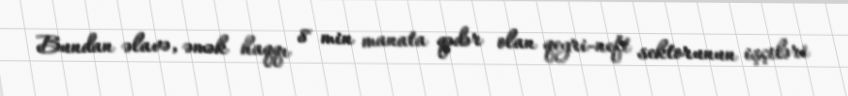
Bundan əlavə, əmək haqqı 8 min manata qədər olan qeyri-neft sektorunun işçiləri